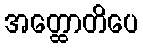
အတ္ထောတိပေ